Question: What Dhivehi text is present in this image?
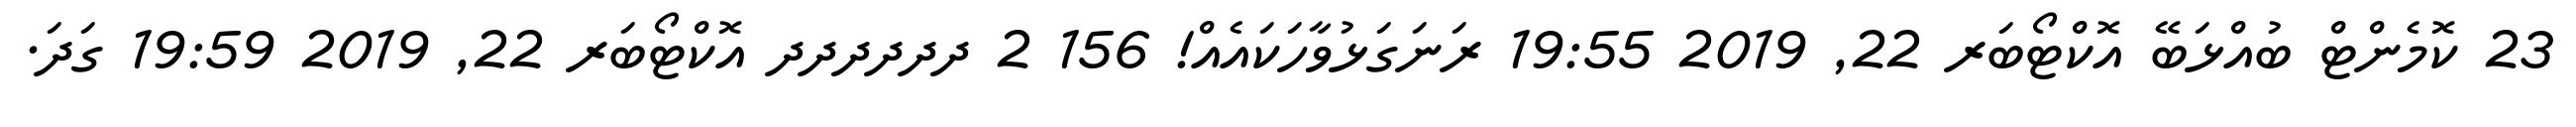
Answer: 23 ކޮމެންޓް ބުއްޅަބޭ އޮކްޓޯބަރ 22, 2019 19:55 ރަނަގަޅުވާހަކައެއް! 156 2 ދދދދދދ އޮކްޓޯބަރ 22, 2019 19:59 ގަދަ.